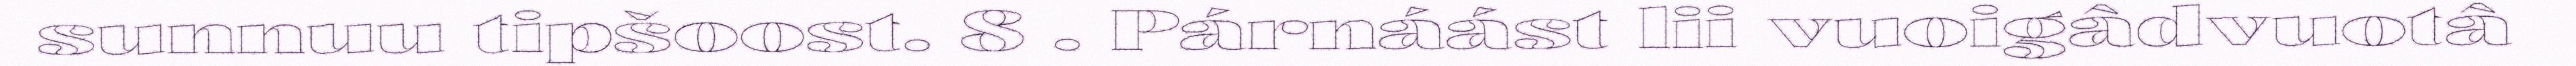
sunnuu tipšoost. 8 . Párnáást lii vuoigâdvuotâ